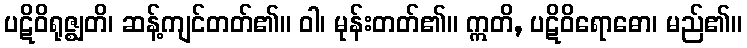
ပဋိဝိရုဇ္ဈတိ၊ ဆန့်ကျင်တတ်၏။ ဝါ၊ မုန်းတတ်၏။ ဣတိ, ပဋိဝိရောဓော၊ မည်၏။